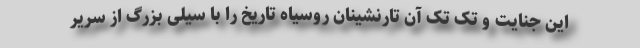
این جنایت و تک تک آن تارنشینان روسیاه تاریخ را با سیلی بزرگ از سریر